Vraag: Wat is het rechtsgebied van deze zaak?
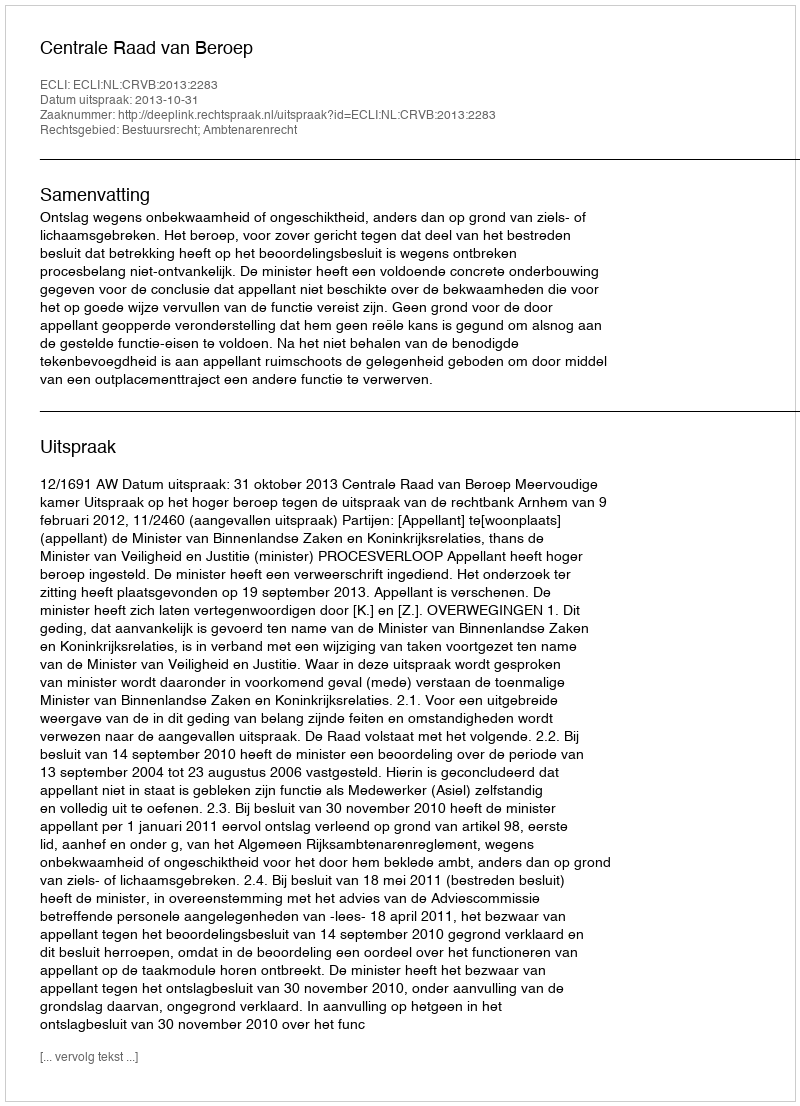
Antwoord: Bestuursrecht; Ambtenarenrecht